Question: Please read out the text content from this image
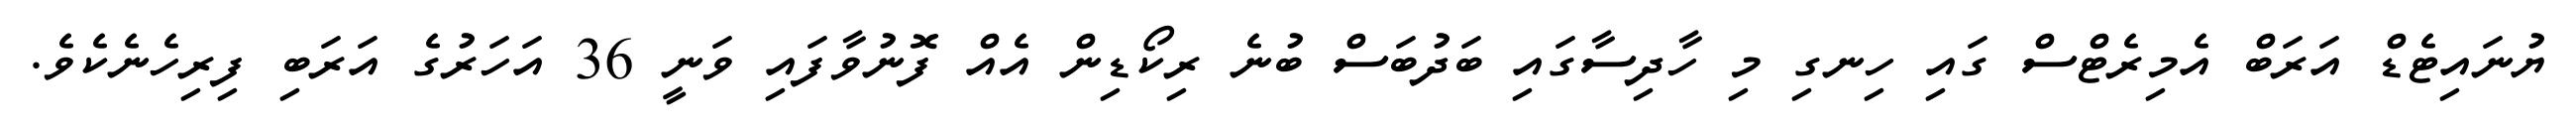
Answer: ޔުނައިޓެޑް އަރަބް އެމިރެޓްސް ގައި ހިނގި މި ހާދިސާގައި ބަދުބަސް ބުނެ ރިކޯޑިން އެއް ފޮނުވާފައި ވަނީ 36 އަހަރުގެ އަރަބި ފިރިހެނެކެވެ.